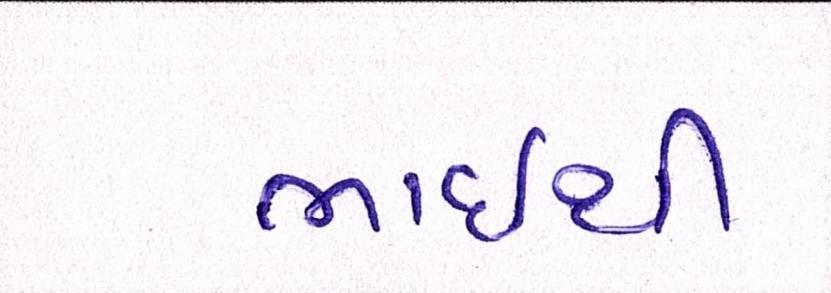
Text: ભાઇથી